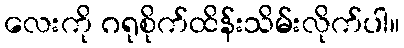
လေးကို ဂရုစိုက်ထိန်းသိမ်းလိုက်ပါ။